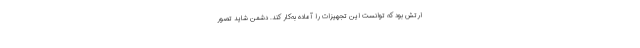
ارتش بود که توانست این تجهیزات را آماده به‌کار کند. دشمن شاید تصور